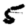
Digit: 5